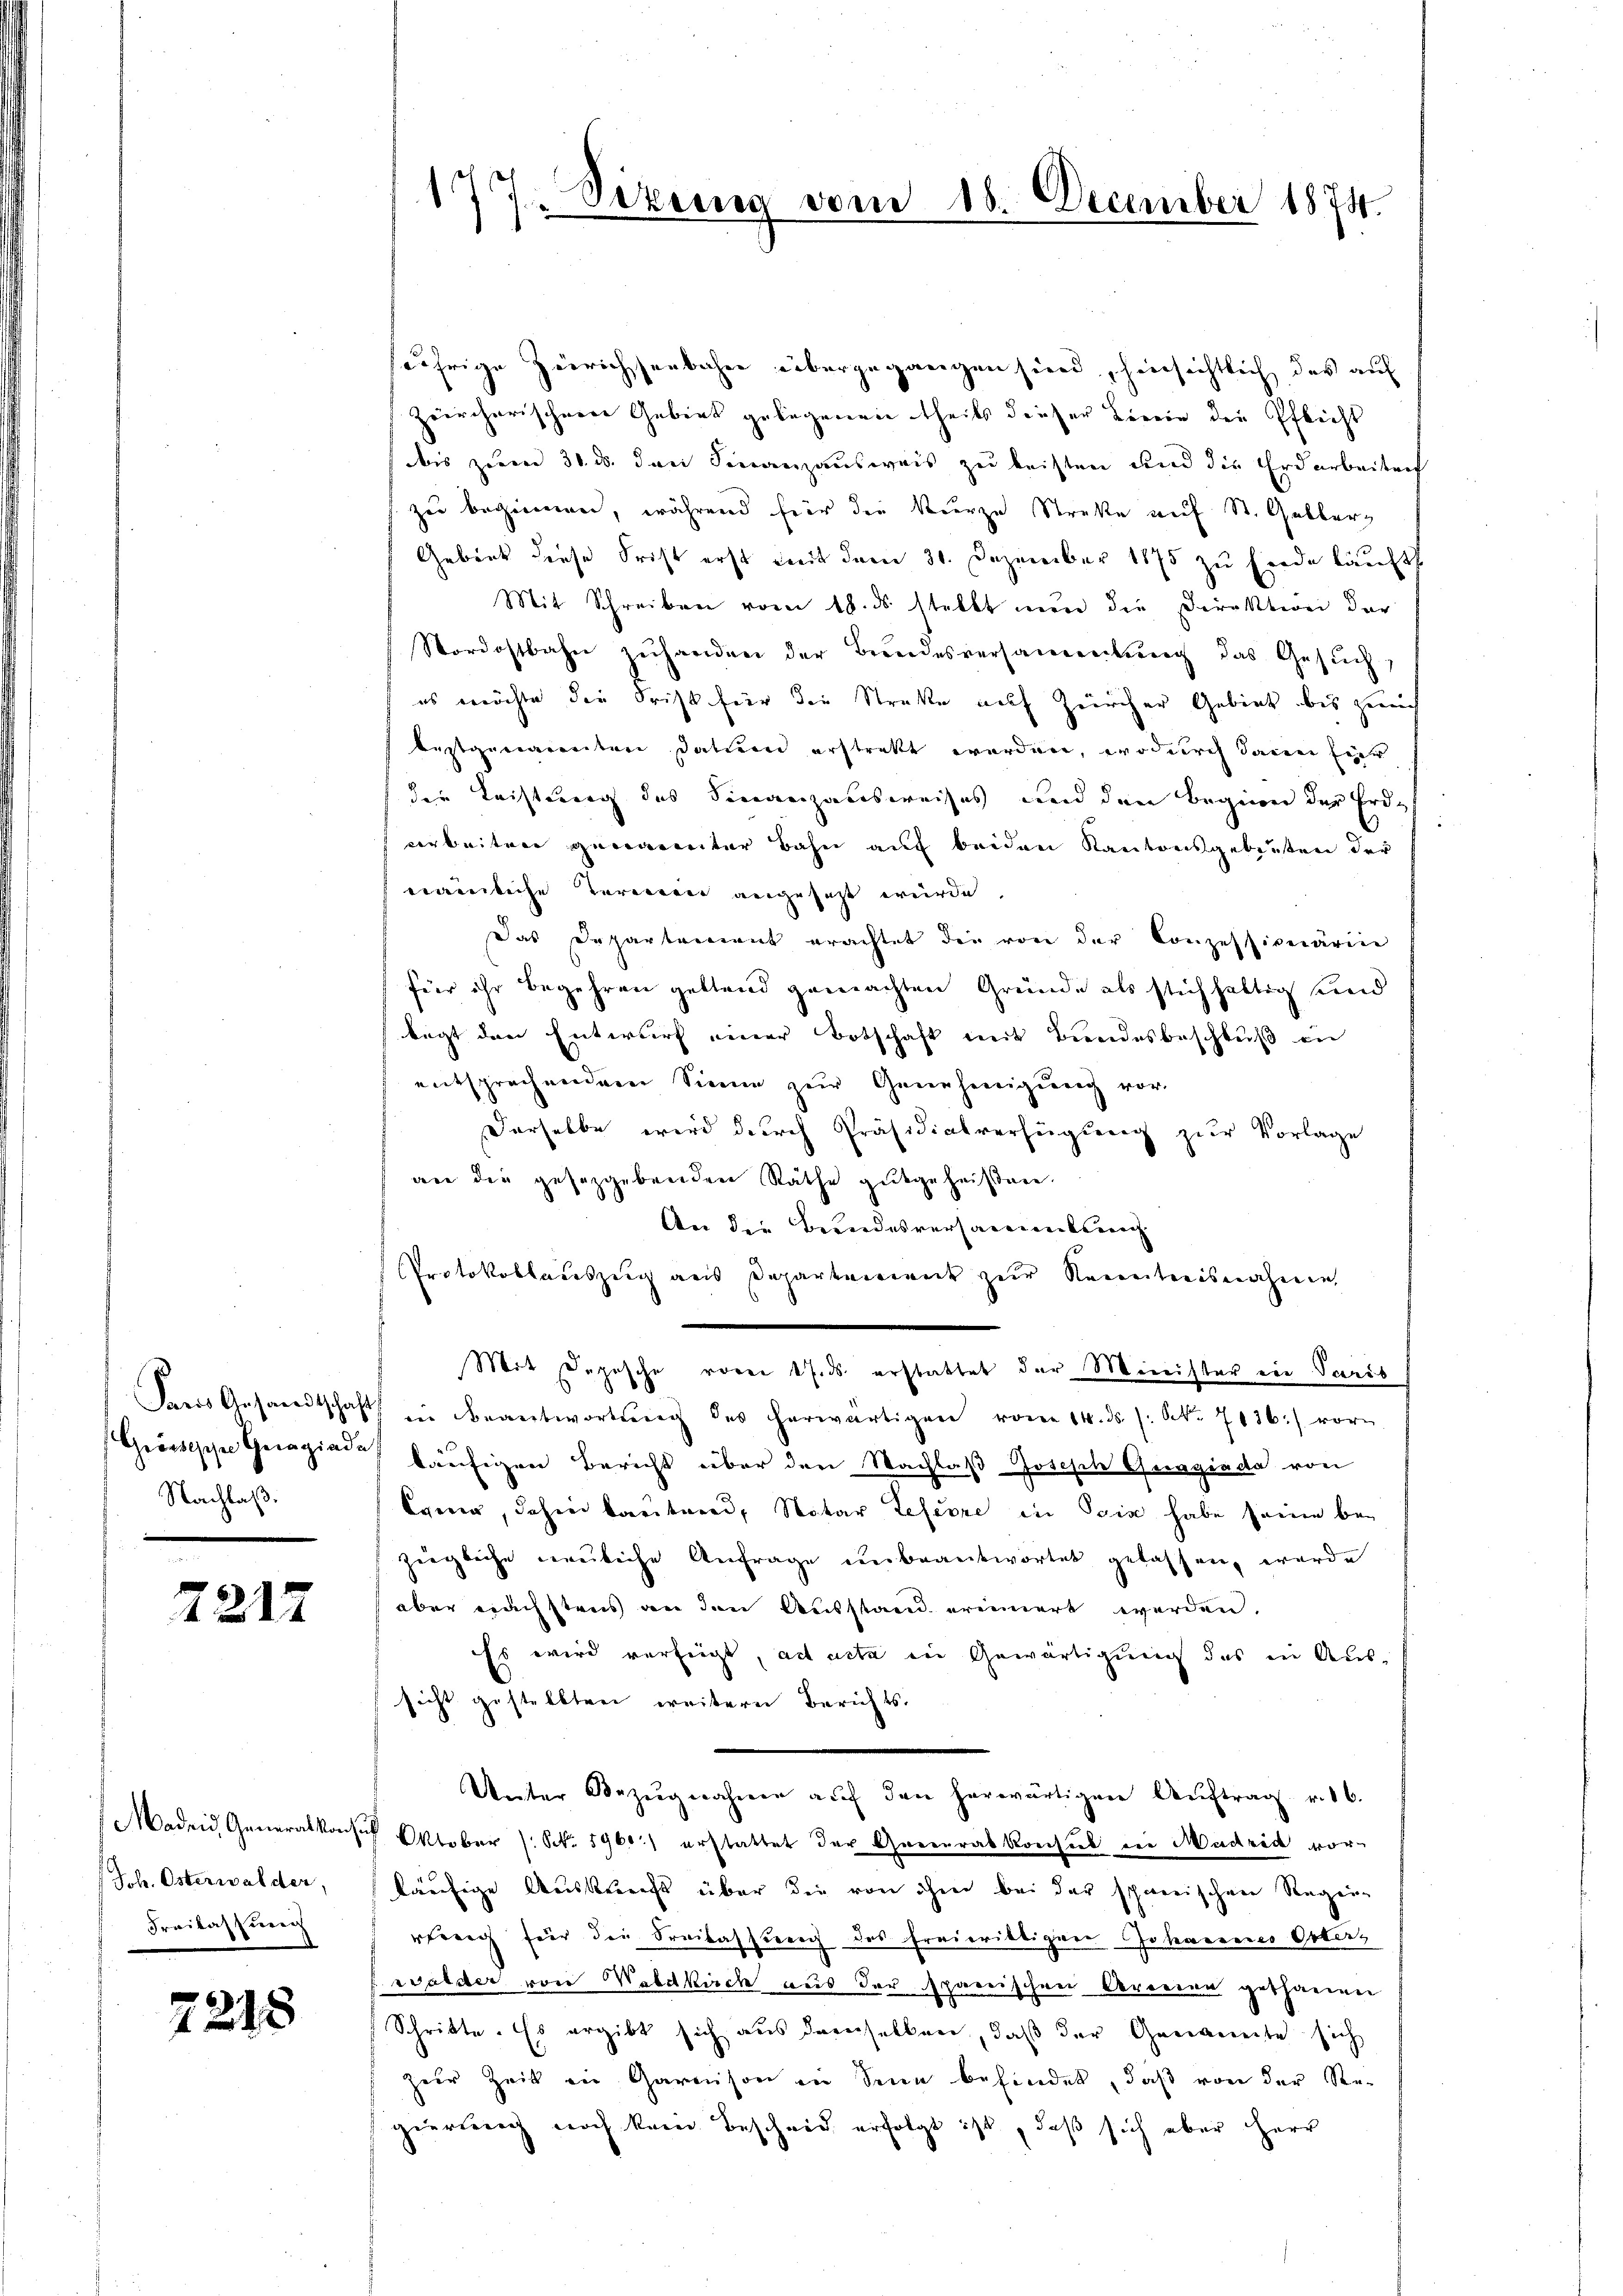
Nachlaß.

2212

Joh. Österwalder,
Freilassung

2218

177. Sizung vom 18. December 1874.

jährige Zürichsenbahne übergegangen sind, hinsichtlich das auf
Zeircherischerer Gebiet gelegenen theils dieser Linie die Pflicht
dis zum 30. ds. den Finanzausweis zu leisten und die Erdarbeiten
zu beginnen, während für die Kurze Streke auf St. Gelberg
Gebiet diese Frist erst mit dem 31. Dezember 1875 zu Ende häuft
Mit Schreiben vom 18. ds. stellt nun die Direktion der
Nordostbahn zuhanden der Bundesversammlung das Gesuch,
es möchte die Frist für die Strakte auf Zürcher Gebiet bis zeich
bestgenannten Datum erstratt werden, wodurch dann hier
der Leistung des Finanzausweises und den Beginne der Erdarbeiten genannter Bahn auf beiden Kantonsgebieten der
erainliche Termit angesagt würde,
Das Departement erachtet die von der Conzessionärin
für ihr begehren geltend gemachten Grunde als stichhaltig und
legt den Entwurf einer Botschaft mit Bundesbeschluß in
entsprechendere Sinne zur Genehmigŭng vor-
Derselbe wird durch Präsidialverfügung zur Vorlage
an die gesetzgebenden Räthe gutgeheißen.
An die Beendesversammenkung
Protokollateszug aus Departement zur Kenntnisnahme
Mit Depesche vorei 17. ds erstattet der Minister ein Paris
Dreis Gesandtschaft in Beantwortŭng des herwärtigen vom 14. ds. (: S. 7136:) vorn
Grössische Geragiadf häufigen Bericht über den Nachlaß Joseph Gnagiada von
Equi, dahin bautend, Notar Lefevre in Sein habe seine be-
ziegliche neuliche Anfrage unbeantwortet gelassen werde
aber nach streis an den Ausstand erinnert werden.
Es wird verfügt, ad acta in Gewärtigung das in Aussicht gestellten weitern Berichts-
Unter Bezŭgnahme aŭf den herwärtigen Aŭftrag. v. 16.
Maden Generalkonsul Oktober (: No. 1961:) erstattet der Generalkonsul in Madrid vor-
läufige Auskunft über die von ihm bei der schneischen Regen-
rtreng für die Freilassung des Freierittigen Johannes Osterz
walder von Waldkirch aus der spanischen Verorien gethanen
Schritte. Es ergibt sich aus demselben, daß der Genannte sich
zur Zeit in Garnison in Sinn befindet, daß von der Re-
gierung noch kam Bescheid erfolgt ist, daß sich aber Herr